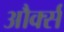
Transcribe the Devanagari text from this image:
और्क्स